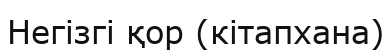
Негізгі қор (кітапхана)